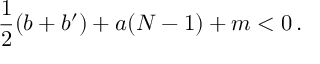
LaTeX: \frac 1 2 ( b + b ^ { \prime } ) + a ( N - 1 ) + m < 0 \, .